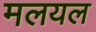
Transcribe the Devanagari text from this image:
मलयल